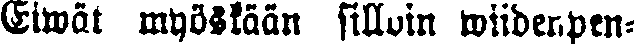
„Eiwät myöskään silloin wiidenpen-